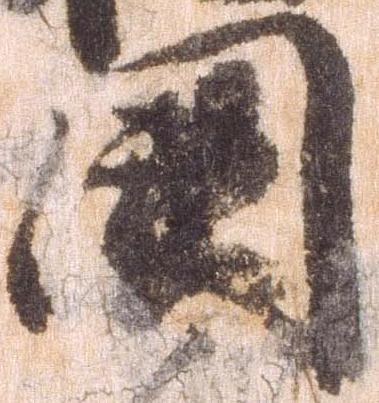
国